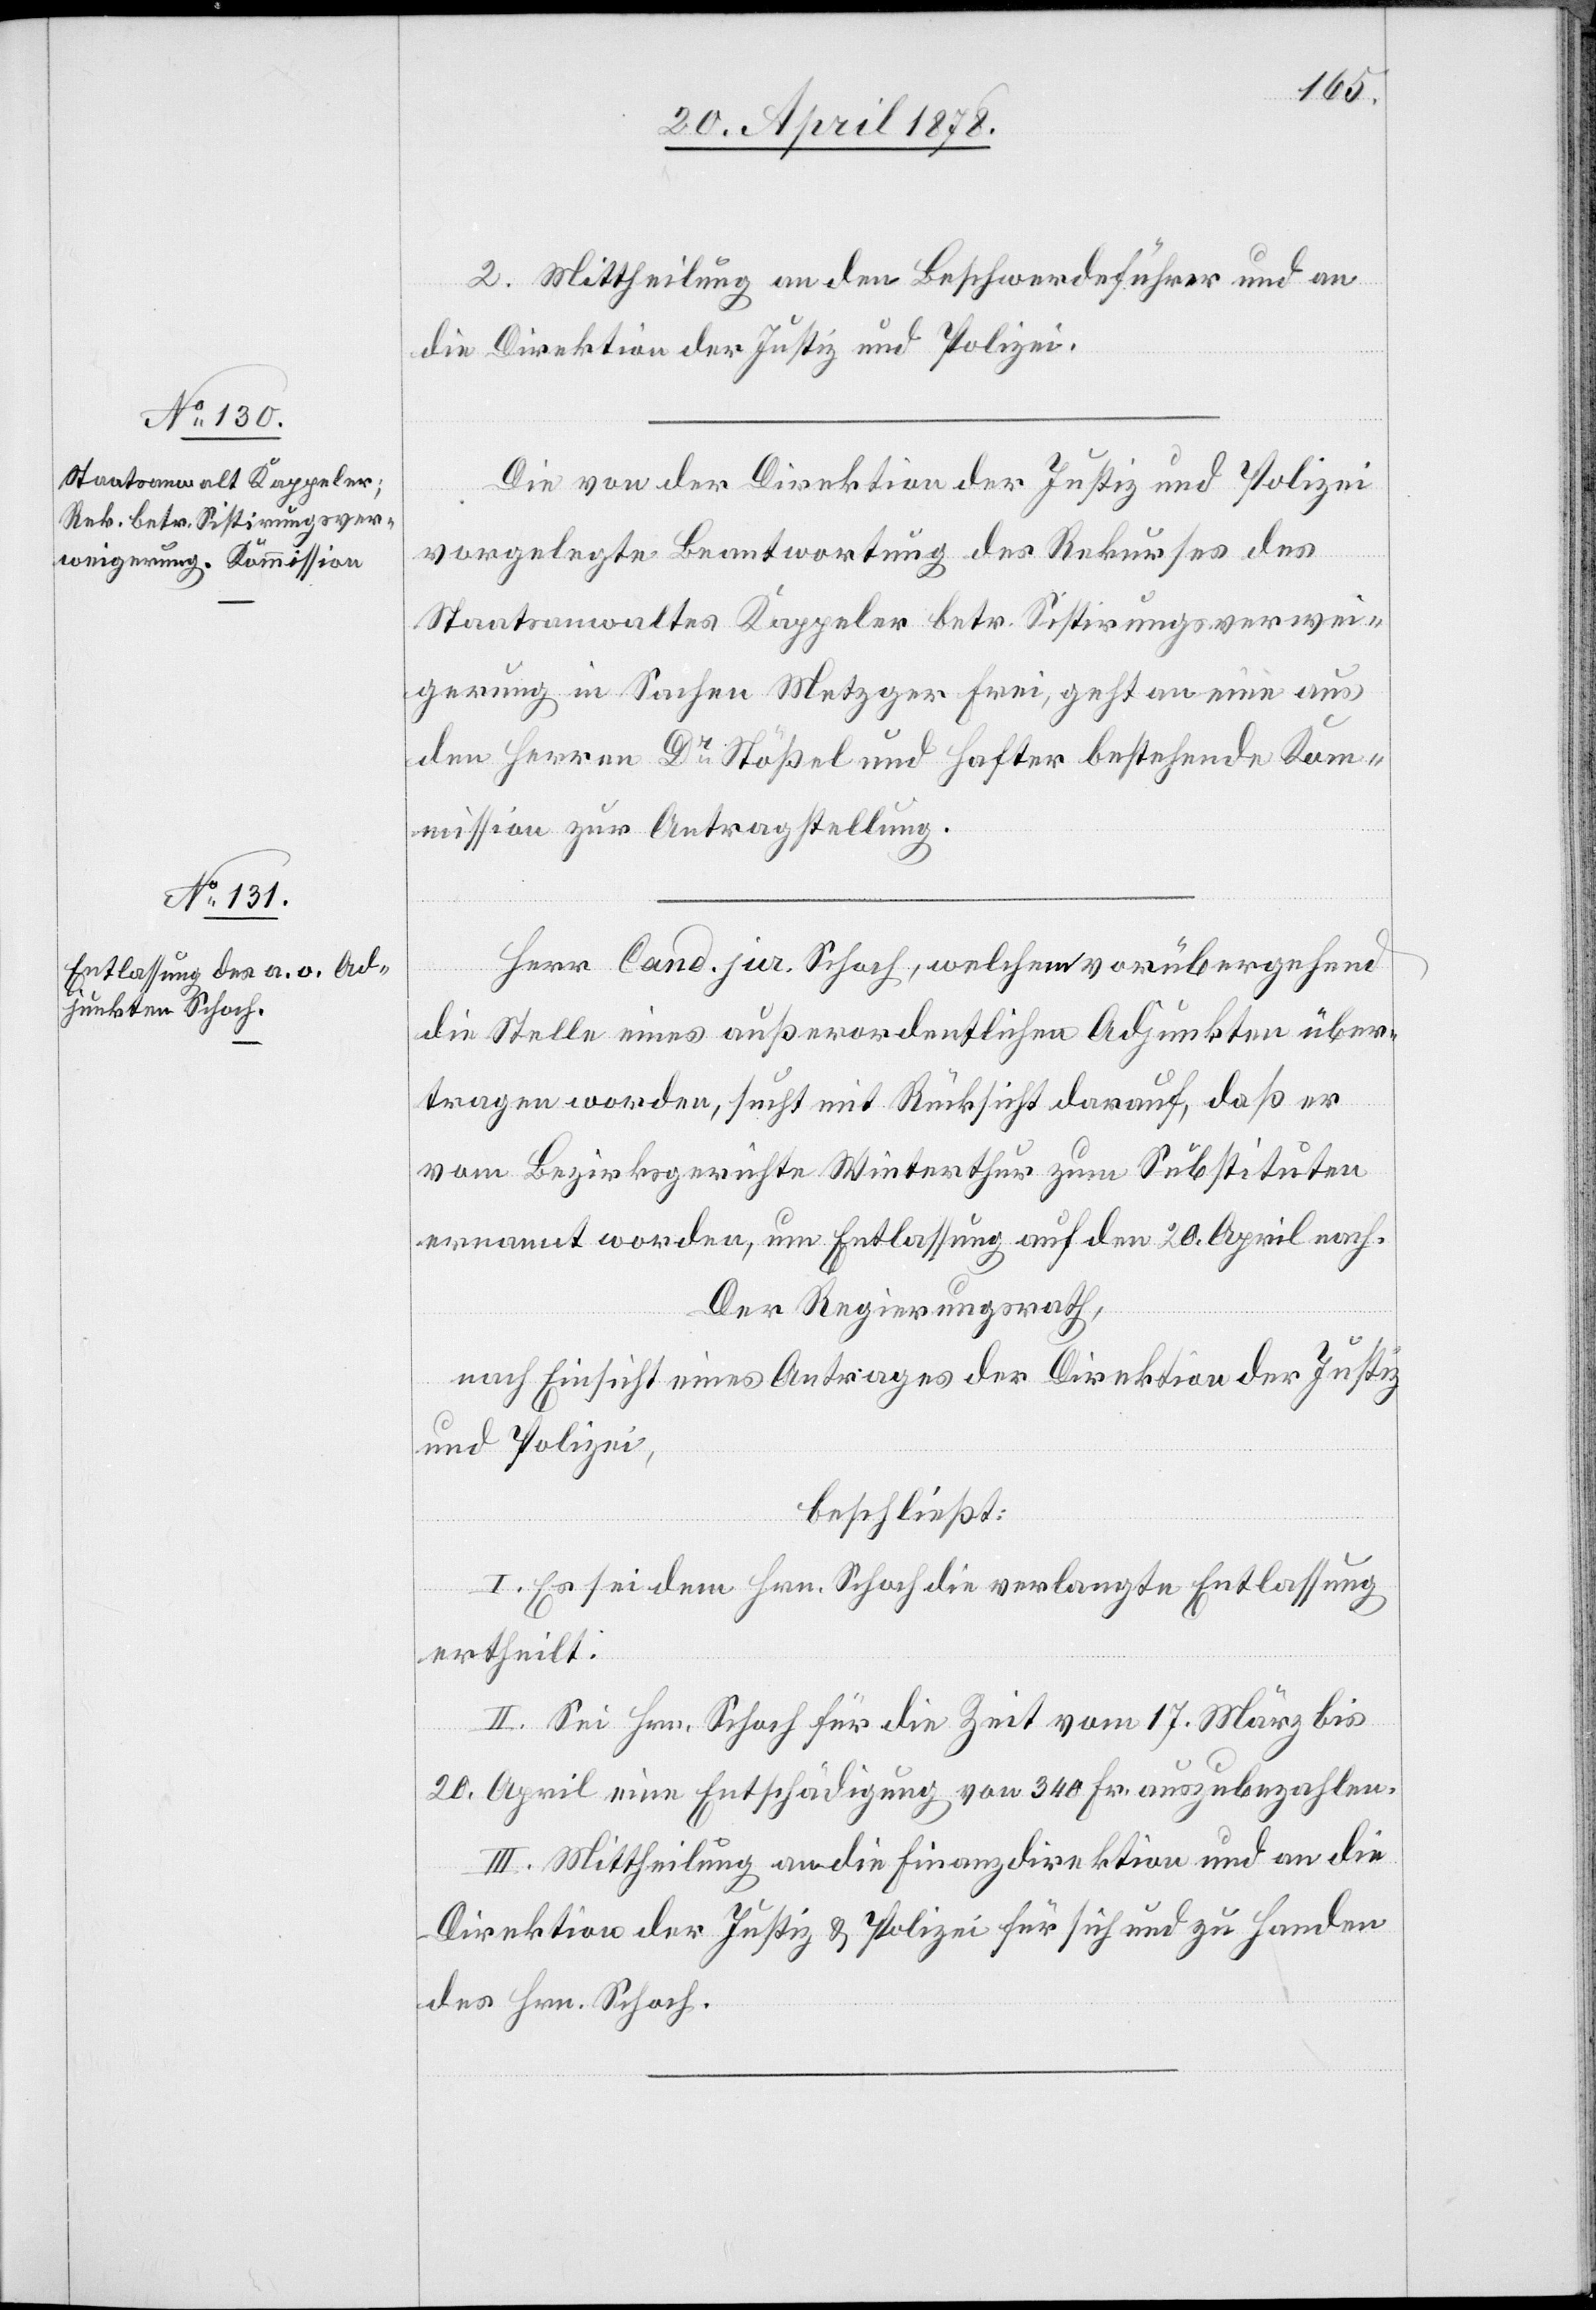
2. Mittheilung an den Beschwerdeführer und an
die Direktion der Justiz und Polizei.
Die von der Direktion der Justiz und Polizei
vorgelegte Beantwortung des Rekurses des
Staatsanwaltes Kappeler betr. Sistirungsverwei¬
gerung in Sachen Metzger Frei, geht an eine aus
den Herren Dr Stößel und Hafter bestehende Kom¬
mission zur Antragstellung.
Herr Cand. jur. Schoch, welchem vorübergehend
die Stelle eines außerordentlichen Adjunkten über¬
tragen worden, sucht mit Rücksicht darauf, daß er
vom Bezirksgerichte Winterthur zum Substituten
ernannt worden, um Entlassung auf den 20. April nach.
Der Regierungsrath,
nach Einsicht eines Antrages der Direktion der Justiz
und Polizei,
beschließt:
I. Es sei dem Hrn. Schoch die verlangte Entlassung
ertheilt.
II. Sei Hrn. Schoch für die Zeit vom 17. März bis
20. April eine Entschädigung von 340 Fr. auszubezahlen.
III. Mittheilung an die Finanzdirektion und an die
Direktion der Justiz & Polizei für sich und zu Handen
des Hrn. Schoch.